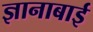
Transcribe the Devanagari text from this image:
ज्ञानाबाई